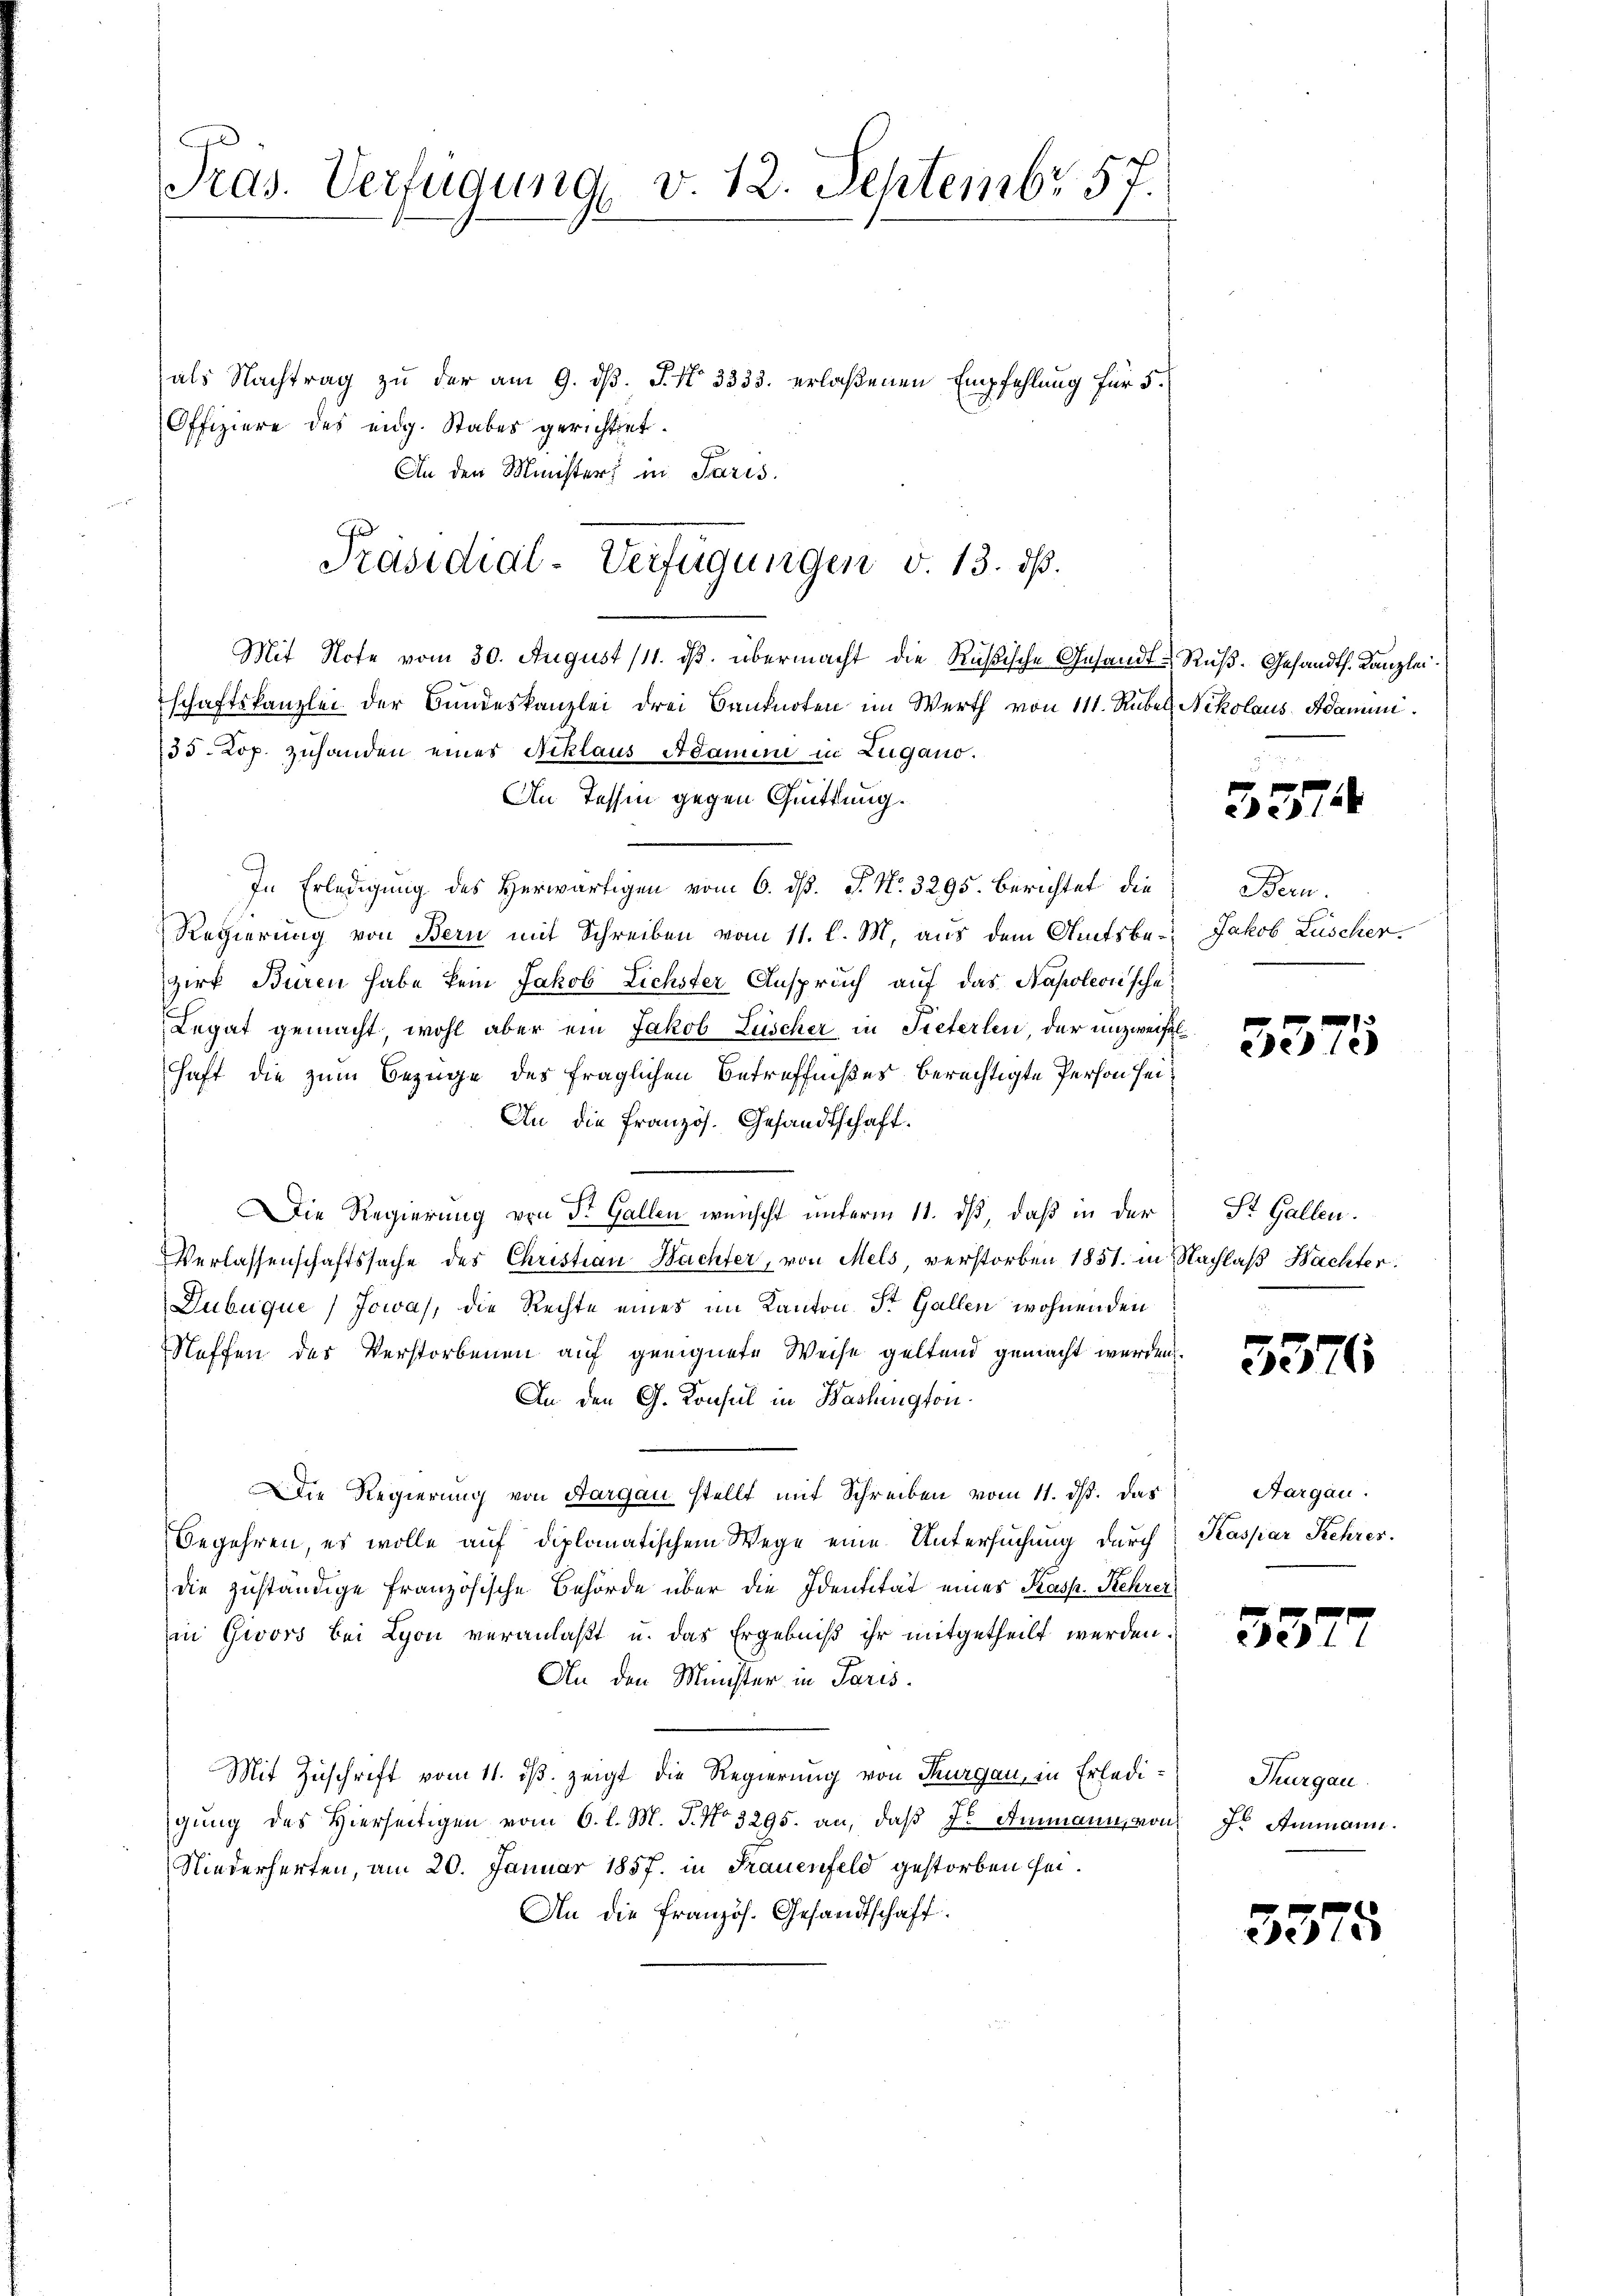
Pras. Verfügung v. 12. Septembr 57.

als Nachtrag zu der am 9. d. J. No 3333. erlaßenen Empfehlung für 5.
Offiziere des eidg. Stabes gerichtet.
An der Ministers in Paris.
Mit Note vom 30. August 111. dβ. übermacht die Rußische Gesandt-Ruß-Gesandth. Kanzlei.
schaftskanzlei der Bundeskanzlei drei Banknoten im Werth von 111. Rubel. Nikolaus Adamm.
135. Kop. zuhanden eines Niklaus Adamen in Zugano.
An Tessin gegen Quittung.
In Erledigung des Herwärtigen vom 6. dß. P. Nr. 3295. berichtet, die
Regierung von Bern mit Schreiben vom 11. l. M. aus dem Amtsbezirk Buren habe kein Jakob Lichster Anspruch auf das Napoleonische
Legat gemacht wohl aber ein Jakob Lüscher in Tieferlen, der unzweifelhaft die zum Bezüge des fraglichen Betreffnißes berechtigte Person sei¬
An die französ. Gesandtschaft.
.
Die Regierung von Dr. Gallen wünscht unterm 11. ds, daß in der
Verlassenschaftssache des Christian Wachter, von Mels verstorben 1851. in Nachlaß Nachter
Dubuque) Jowas, die Rechte eines im Kanton St. Gallen wohnenden
Neffen des Verstorbenen auf geeignete Weise geltend gemacht werden.
An den G. Konsul in Washington
Die Regierung von Aargau stellt mit Schreiben vom 11. ds. das
Begehren, es wolle auf diplomatischem Wege eine Untersuchung durch
die zuständige Französische Behörde über die Identität eines Kasp. Kehrer
in Givors bei Lyon veranlaßt u. das Ergebniß ihr mitgetheilt werden.
An den Münster in Paris.
Mit Zuschrift vom 11. ds. zeigt die Regierung von Thurgau, in Erledi- Thurgau.
gŭng des hierseitigen vom 6. l. M. J. No 3295. an, daβ Js Ammann von Ir Ammann.
Niederherten, am 20. Januar 1857. in Frauenfeld gestorben sei¬
An die französ. Gesandtschaft.

Präsidial-Verfügungen v. 13. ds.

3274

Bern.
Jakob Lüscher.

3575

St. Gallen.

3376

Aargau.
Kaspar Kehres.

53.

3375